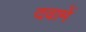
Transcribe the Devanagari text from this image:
दवामें